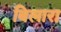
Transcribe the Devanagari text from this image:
बिलारा